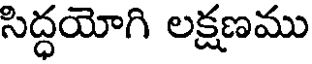
సిద్ధయోగి లక్షణము